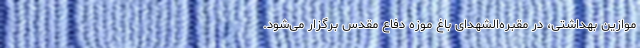
موازین بهداشتی، در مقبره‌الشهدای باغ موزه دفاع مقدس برگزار می‌شود.